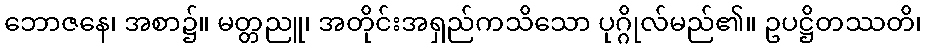
ဘောဇနေ၊ အစာ၌။ မတ္တညူ၊ အတိုင်းအရှည်ကသိသော ပုဂ္ဂိုလ်မည်၏။ ဥပဋ္ဌိတဿတိ၊